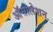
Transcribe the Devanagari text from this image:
ऑसीलेशन